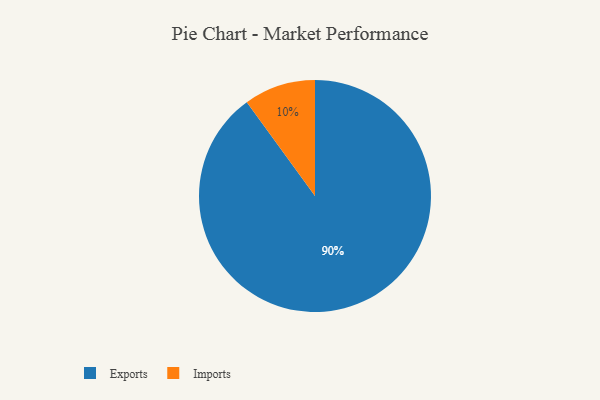
{"axis": {"x": "Category", "y": "Percentage"}, "legend": ["Exports", "Imports"], "data": [{"x": "Imports", "y": 10, "type": "Imports"}, {"x": "Exports", "y": 90, "type": "Exports"}]}